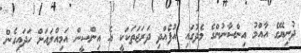
ދުނިޔޭގެ އާއްމު އިންސާނުންގެ މެދުގައި އުފެއްދި ދަރަޖަތަކަކީ އެ އިންސީން އަމިއްލައަށް ހަދައިގެން